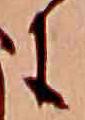
に